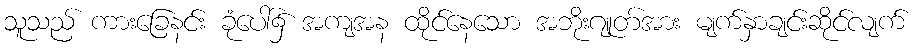
သူသည် ကားခြေနင်း ခုံပေါ်၌ အကျအန ထိုင်နေသော အဘိုးဂျုတ်အား မျက်နှာချင်းဆိုင်လျက်